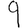
Digit: 9